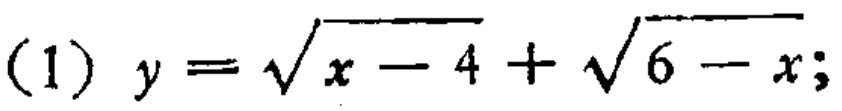
\((1)\ y = \sqrt{x - 4}+\sqrt{6 - x};\)